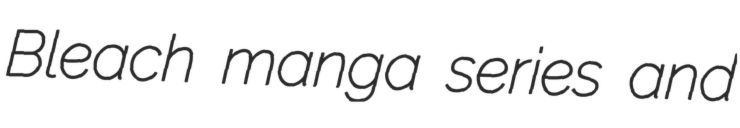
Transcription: Bleach manga series and